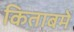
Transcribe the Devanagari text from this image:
किताबमें